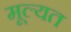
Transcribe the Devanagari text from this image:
मूल्यत